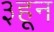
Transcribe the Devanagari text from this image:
३हून